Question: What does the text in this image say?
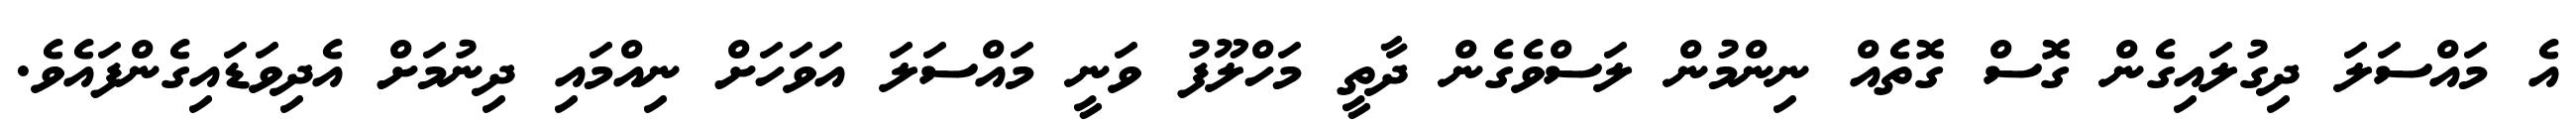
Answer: އެ މައްސަލަ ދިގުލައިގެން ގޮސް ގޮތެއް ނިންމުން ލަސްވެގެން ދާތީ މަހްލޫފު ވަނީ މައްސަލަ އަވަހަށް ނިއްމައި ދިނުމަށް އެދިވަޑައިގެންފައެވެ.